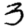
Digit: 3